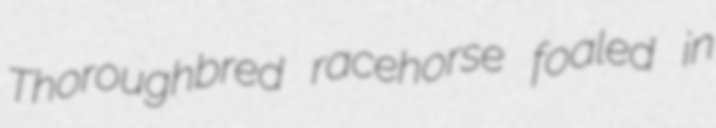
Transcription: Thoroughbred racehorse foaled in